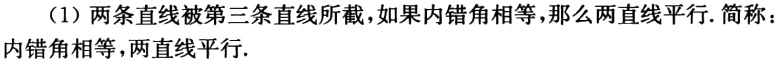
（1）两条直线被第三条直线所截，如果内错角相等，那么两直线平行. 简称：内错角相等，两直线平行.